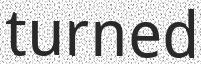
turned